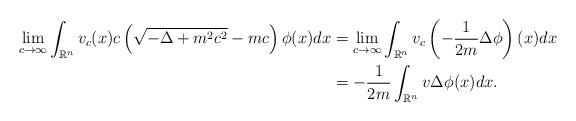
LaTeX: \begin{align*}\lim_{c \rightarrow \infty} \int_{\mathbb{R}^n} v_c (x) c \left( \sqrt{-\Delta + m^2 c^2} -mc \right) \phi (x) dx &= \lim_{c \rightarrow \infty}\int_{\mathbb{R}^n} v_c \left( -\frac{1}{2m} \Delta \phi \right) (x) dx\\&= -\frac{1}{2m} \int_{\mathbb{R}^n} v \Delta \phi (x) dx.\end{align*}